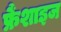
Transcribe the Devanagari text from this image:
फ्रैंशाइज